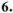
6.